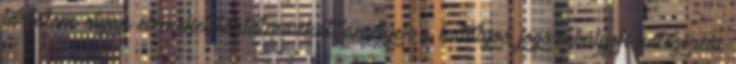
tartalom olyan elemeket tartalmazhat, amelyek a hatályos jogszabályok kategóriái